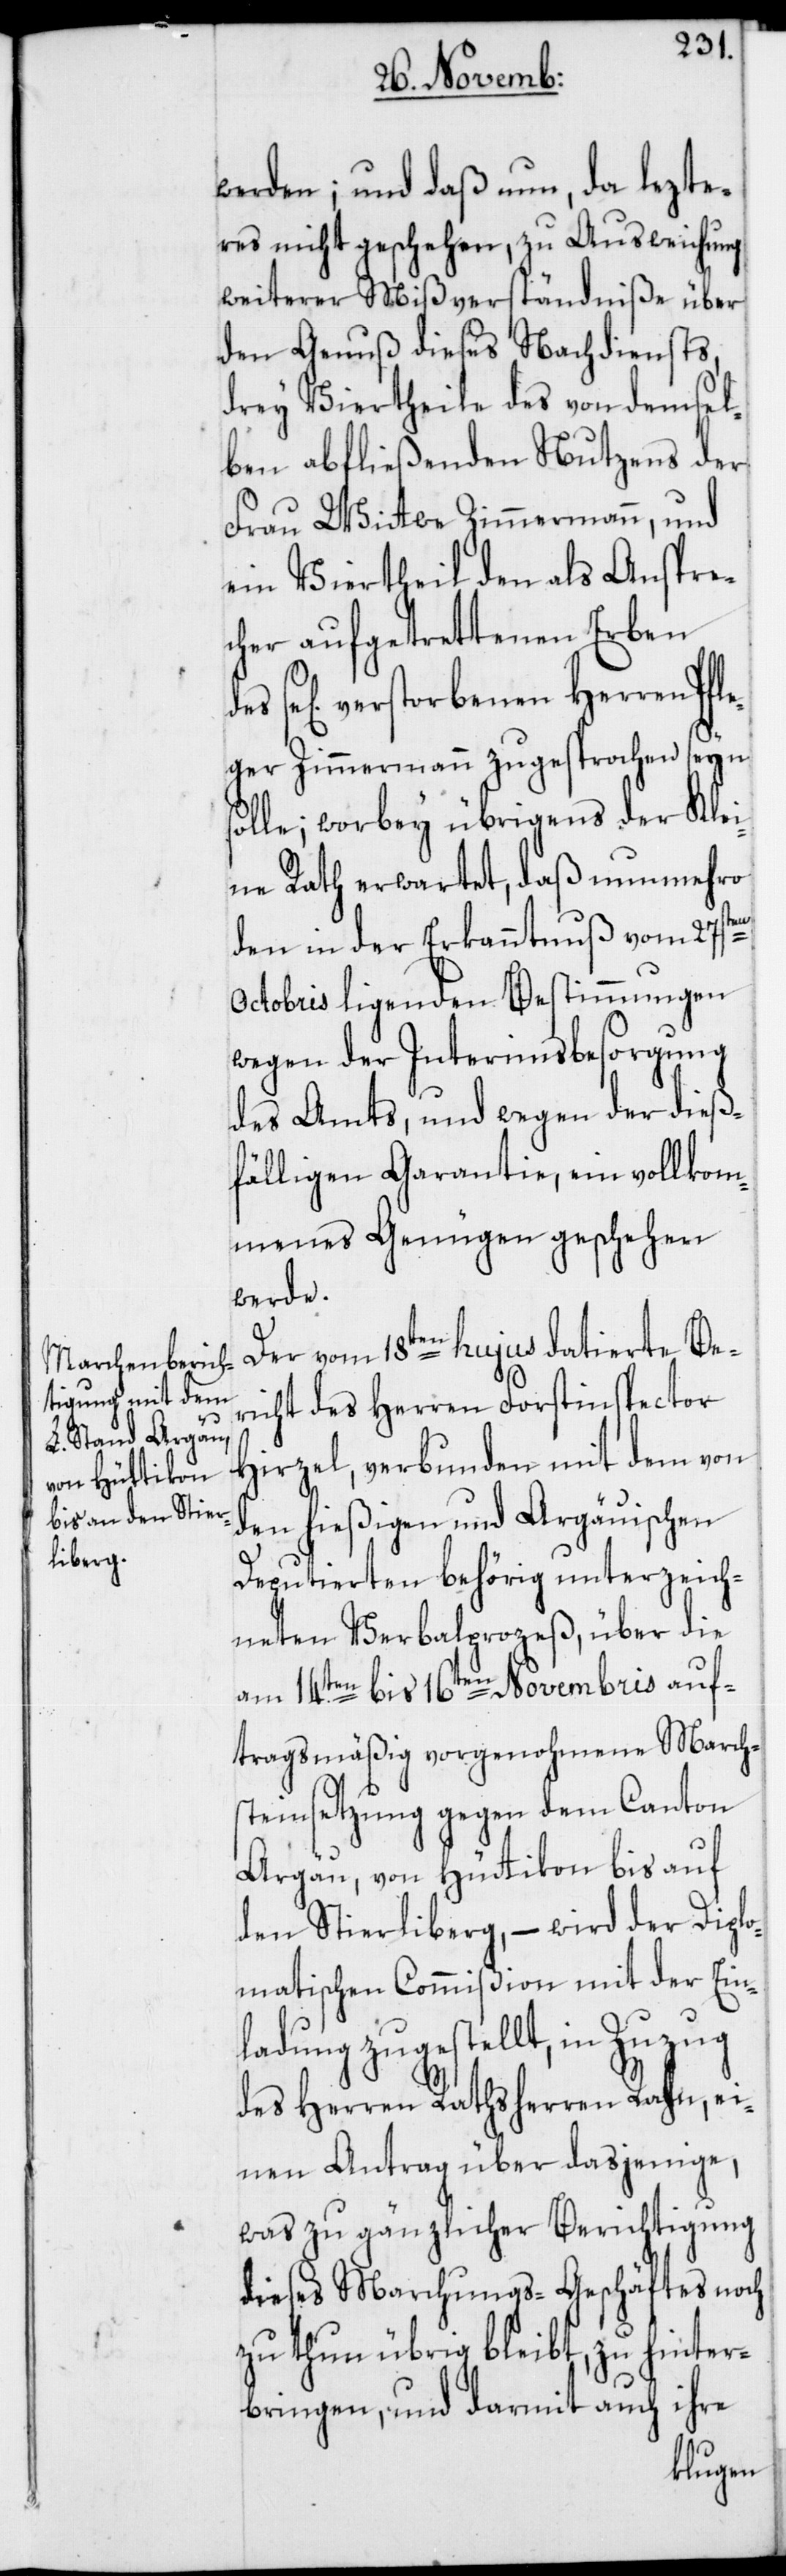
werden; und daß nun, da lezte¬
res nicht geschehen, zu Ausweichung
weiterer Mißverständniße über
den Genuß dieses Nachdiensts,
drey Viertheile des von demsel¬
ben abfließenden Nutzens der
Frau Wittwe Zimmermann, und
ein Viertheil den als Anspre¬
cher aufgetrettenen Erben
se[lig] verstorbenen Herren Pfl¬
eger Zimmermann zugesprochen seyn
solle; worbey übrigens der Klei¬
ne Rath erwartet, daß nunmehro
den in der Erkanntnuß vom 27sten
Octobris ligenden Bestimmungen
wegen der Interimsbesorgung
des Amts, und wegen der dieß¬
fälligen Garantie, ein vollkom¬
menes Genügen geschehen
werde.
Der vom 18ten hujus datierte Ber¬
icht des Herren Forstinspector
Hirzel, verbunden mit dem von
den hießigen und Argäuischen
Deputierten behörig unterzeich¬
neten Verbalprozeß über die
am 14ten. bis 16ten Novembris auf¬
tragsmäßig vorgenohmene March¬
steinsetzung gegen dem Canton
Argäu, von Hüttikon bis auf
den Stierliberg, – wird der Diplo¬
matischen Commißion mit der Ein¬
ladung zugestellt, in Zuzug
des Herren Rathsherren Rahn, ei¬
nen Antrag über dasjenige,
was zu gänzlicher Berichtigung
dieses Marchungs-Geschäftes noch
zu thun übrig bleibt, zu hinter¬
bringen, und darmit auch ihre